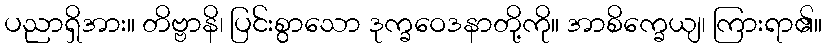
ပညာရှိအား။ တိဗ္ဗာနိ၊ ပြင်းစွာသော ဒုက္ခဝေဒနာတို့ကို။ အာစိက္ခေယျ၊ ကြားရာ၏။